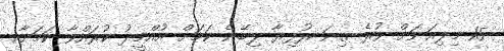
15 މިލިއަނަށް ވުރެ ގިނަ ރުފިޔާ ލިބޭނެ ކަމަށް އުއްމީދު ކުރައްވާ ކަމަށާއި